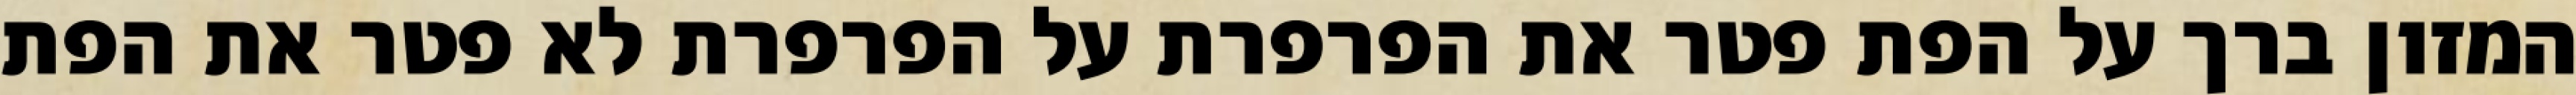
המזון ברך על הפת פטר את הפרפרת על הפרפרת לא פטר את הפת